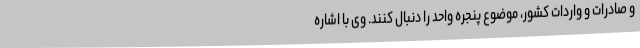
و ‌صادرات و واردات کشور، موضوع پنجره واحد را دنبال کنند. وی با اشاره